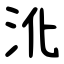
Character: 沎